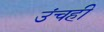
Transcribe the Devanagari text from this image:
उंचही